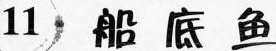
11船底鱼